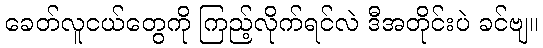
ခေတ်လူငယ်တွေကို ကြည့်လိုက်ရင်လဲ ဒီအတိုင်းပဲ ခင်ဗျ။